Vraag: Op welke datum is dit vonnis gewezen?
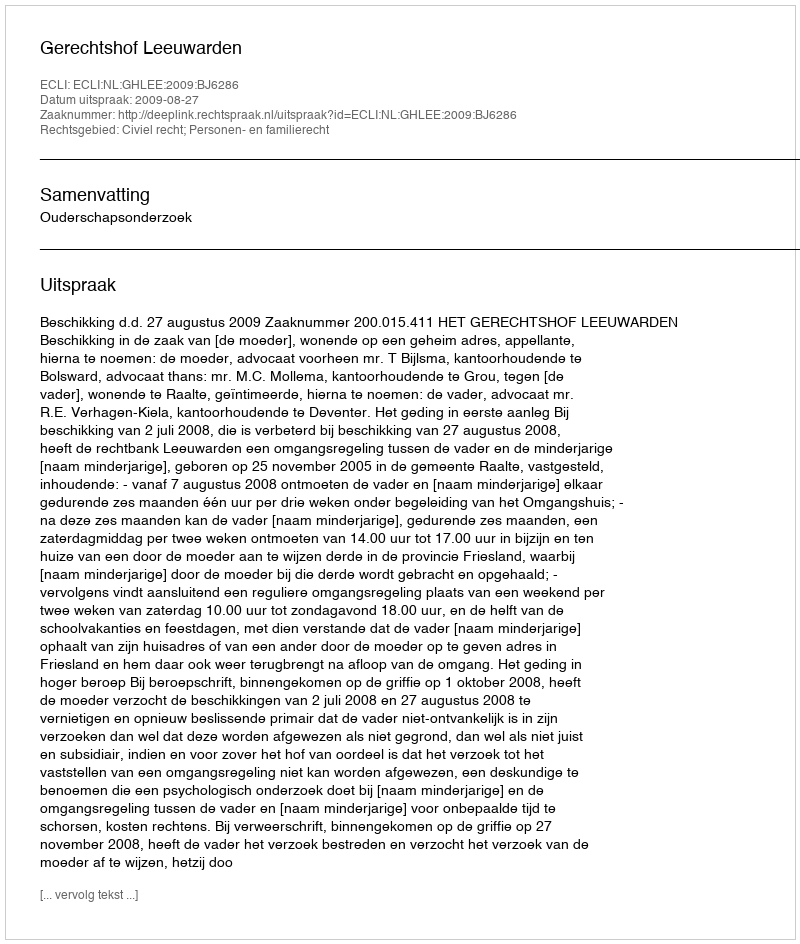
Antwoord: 2009-08-27